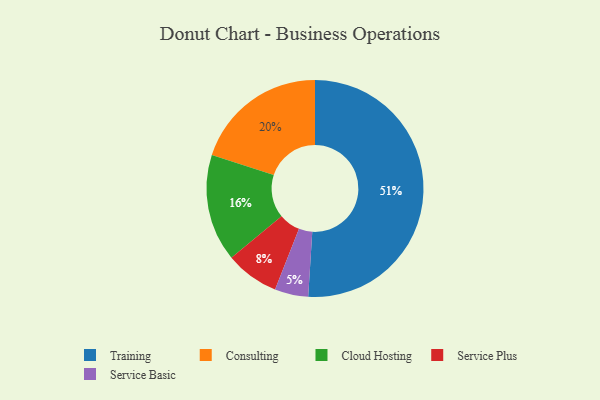
{"axis": {"x": "Category", "y": "Percentage"}, "legend": ["Cloud Hosting", "Consulting", "Service Basic", "Service Plus", "Training"], "data": [{"x": "Service Plus", "y": 8, "type": "Service Plus"}, {"x": "Training", "y": 51, "type": "Training"}, {"x": "Service Basic", "y": 5, "type": "Service Basic"}, {"x": "Consulting", "y": 20, "type": "Consulting"}, {"x": "Cloud Hosting", "y": 16, "type": "Cloud Hosting"}]}